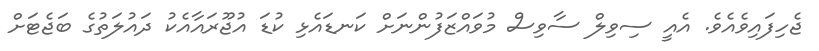
ޖެހިފައިވެއެވެ. އެއީ ސިވިލް ސާވިސް މުވައްޒަފުންނަށް ކަނޑައެޅި ކުޑަ އުޖޫރައާއެކު ދައުލަތުގެ ބަޖެޓަށް